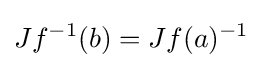
Jf^{-1}(b)=Jf(a)^{-1}